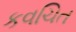
કવચિત